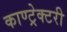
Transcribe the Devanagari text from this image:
काण्ट्रेक्टरी